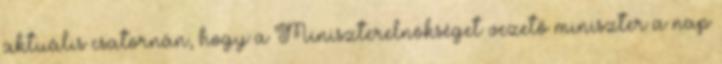
aktuális csatornán, hogy a Miniszterelnökséget vezető miniszter a nap